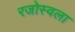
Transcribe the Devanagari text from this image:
रजोस्वला